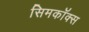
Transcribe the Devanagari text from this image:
सिमकॉक्स